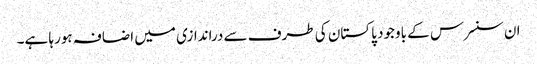
ان سنسرس کے باوجود پاکستان کی طرف سے دراندازی میں اضافہ ہورہا ہے۔